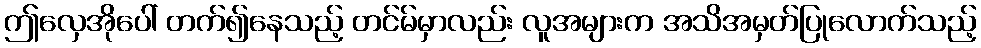
ဤလှေအိုပေါ် တက်၍နေသည့် တင်မ်မှာလည်း လူအများက အသိအမှတ်ပြုလောက်သည့်